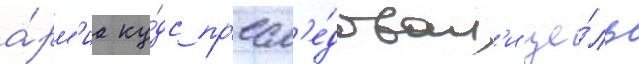
а́рм'иа ку́дс пр'есл'е́довал'и це́ль